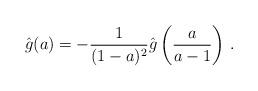
LaTeX: \begin{align*}\hat g(a)=-{1\over{(1-a)^2}}\hat g\left({a\over{a-1}}\right)\,.\end{align*}